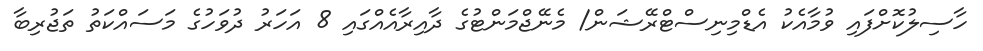
ހާސިލުކޮށްފައި ވުމާއެކު އެޑްމިނިސްޓްރޭޝަން/ މެނޭޖްމަންޓުގެ ދާއިރާއެއްގައި 8 އަހަރު ދުވަހުގެ މަސައްކަތު ތަޖުރިބާ